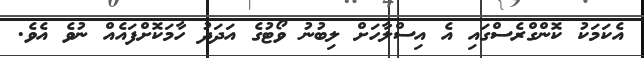
އެކަމަކު ކޮންގްރެސްގައި އެ އިސްލާހަށް ލިބުނު ވޯޓުގެ އަދަދު ހާމަކޮށްފައެއް ނުވެ އެވެ.